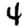
Digit: 4